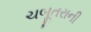
ચબૂતરાની